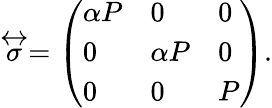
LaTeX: \stackrel{\leftrightarrow}{\sigma}=\left(\begin{array}{lll}{\alpha P}&{0}&{0}\\ {0}&{\alpha P}&{0}\\ {0}&{0}&{P}\end{array}\right).